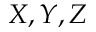
X , Y , Z